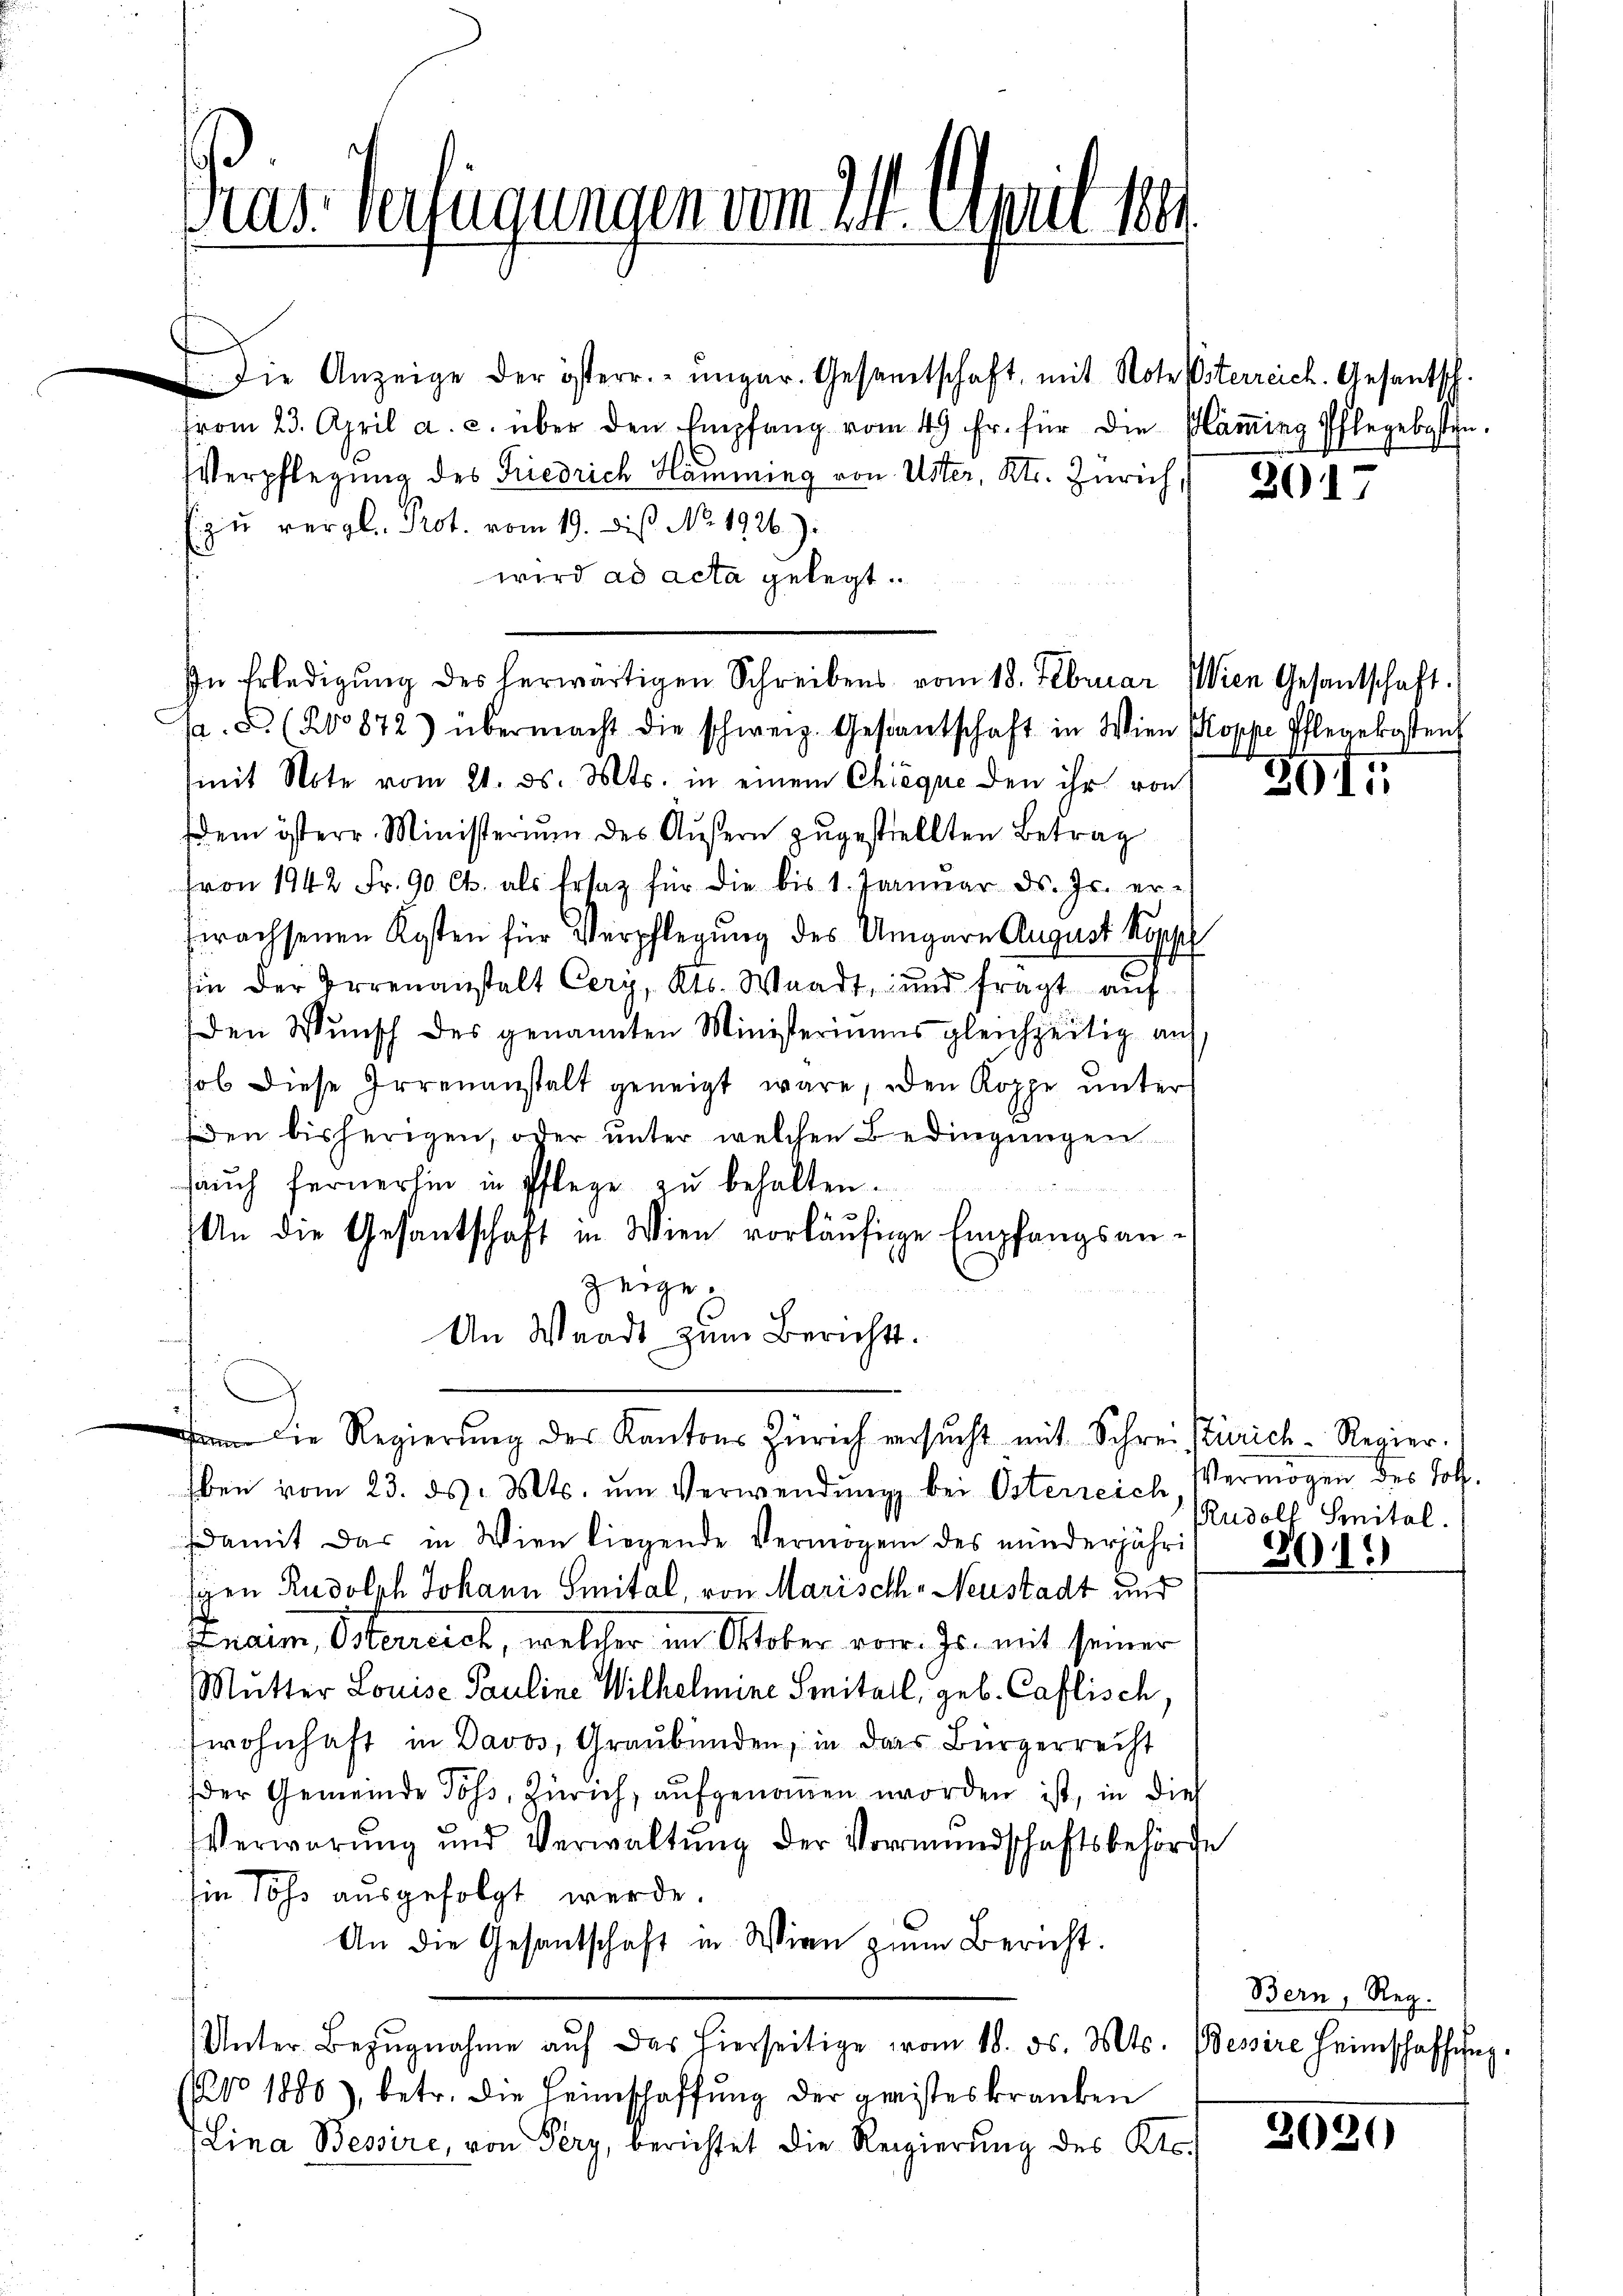
Präs. Verfügungen vom 311. April 1891.

die Anzeige der österr. ungar. Gesamtschaft, mit Note Esterreich. Gesantsch.
trom 23. April a. c. über den Empfang vom 49 Fr. für die Mäṁing Pflegebasten.
Verpflegung des Friedrich Hamming von Uster, Kts. Zürich,
zŭ vergl. Prot. vom 19. Dis No. 1926.):
wird ad acta gelegt.
In Erledigung des herwärtigen Schreibens vom 18. Februar
pa. F. (20872) übermacht die schweiz. Gestantschaft in Wien Koppe Pflegekosten
(mit Note vom 21. ds. Mts. in einem Chieque den ihr von
dem österr. Ministerium des Aŭsern zŭgestellten Betrag
fron 1942 Fr. 90 Ct. als Ersatz für die bis 1. Janŭar ds. Js. er-
frachsenen Kosten für Verschlegung des Ungarn August Kopp
sin der Irrenanstalt Cery, Kts. Waadt, und fragt auf
den Wunsch des genannten Ministeriums gleichzeitig auf
hob diese Irrenanstalt geneigt wäre, den Koppe unter
den bisherigen, oder unter welchen Bedingungen
saŭch fernerhin in Pflege zŭ behalten.
x
An die Gesantschaft in Wien vorläufige Empfangsanzeige.
An Waadt zum Berichts.
 Die Regierŭng des Kantons Zürich versŭcht mit Schrei Zürich-Regier
ben vom 23. ds. Mts. ŭm Verwendŭng bei Osterreich Vermögen des Joh.
damit das in Wien liegende Vermögen des minderjähri
sigen Rudolph Johann Smital, von Marisch-Neustadt und
Fnaim, Osterreich, welcher im Oktober vor. Js. mit seiner
Mutter Louise Pauline Wilhelmine Seitall, geb. Caflisch,
wohnhaft in Davos, Graubünden, in das Bürgerrecht
der Gemeinde Poss, Zürich, aufgenommen worden ist, in dies
VVerwarŭng und Verwaltŭng der Vormundschaftsbehörde
Ein Sohn ausgefolgt werde.
An die Gesantschaft in Wien zum Bericht.
Unter Bezŭgnahme aŭf das hierseitige vom 18. ds. Mts. Bessire Heimschaffung
(No 1880), betr. die Heimschaffung der geisteskranken
Lina Bessire, von Pery, berichtet die Regierŭng des Kts.

3017

Wien Gesandtschaft

801

Rudolf Spital.
301.

Bern, Reg.

2030